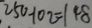
2 5 0 - 1 0 2 = 1 4 8